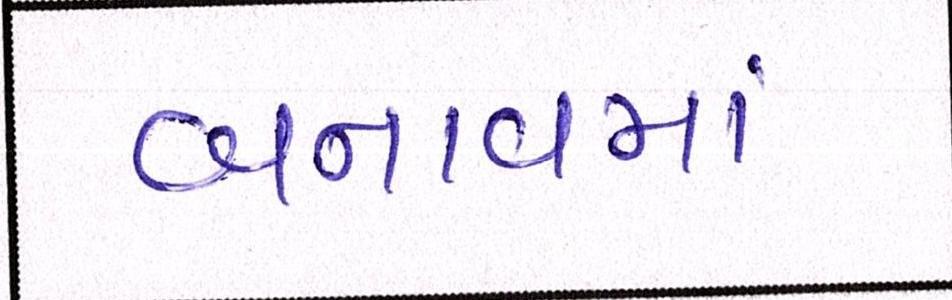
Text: બનાવમાં